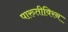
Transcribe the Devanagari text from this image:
पारुतीविरन